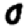
Digit: 0